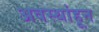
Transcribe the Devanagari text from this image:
अवस्थांहून